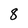
Character: 8